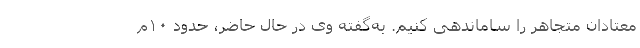
معتادان متجاهر را ساماندهی کنیم. به‌گفته وی در حال حاضر، حدود ۱۰م